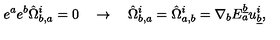
e ^ { a } e ^ { b } \hat { \Omega } _ { b , a } ^ { i } = 0 \quad \rightarrow \quad \hat { \Omega } _ { b , a } ^ { i } = \hat { \Omega } _ { a , b } ^ { i } = { \nabla } _ { b } E _ { a } ^ { \underline { b } } u _ { \underline { b } } ^ { i } ,